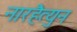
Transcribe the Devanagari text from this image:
नारहैत्युन